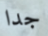
جدا